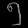
Digit: ၅